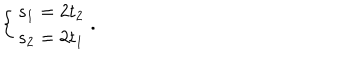
\left\{ \begin{array} { l l } { { s _ { 1 } = 2 t _ { 2 } } } \\ { { s _ { 2 } = 2 t _ { 1 } } } \\ \end{array} \right. .